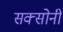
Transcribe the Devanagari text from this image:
सक्सोनी